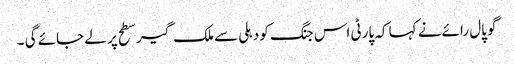
گوپال رائے نے کہا کہ پارٹی اس جنگ کو دہلی سے ملک گیر سطح پر لے جائے گی ۔